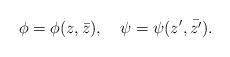
LaTeX: \begin{align*}\phi = \phi(z,\bar{z}),\quad \psi = \psi(z',\bar{z'}) .\end{align*}